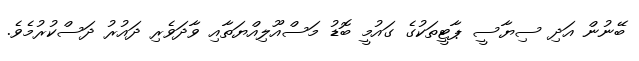
ބޭނުން އަދި ސިޔާސީ ޕާޓީތަކުގެ ގައުމީ ބޮޑު މަސްއޫލިއްޔަތާއި ވާދަވެރި ދައުރު ދަސްކުރުމެވެ.